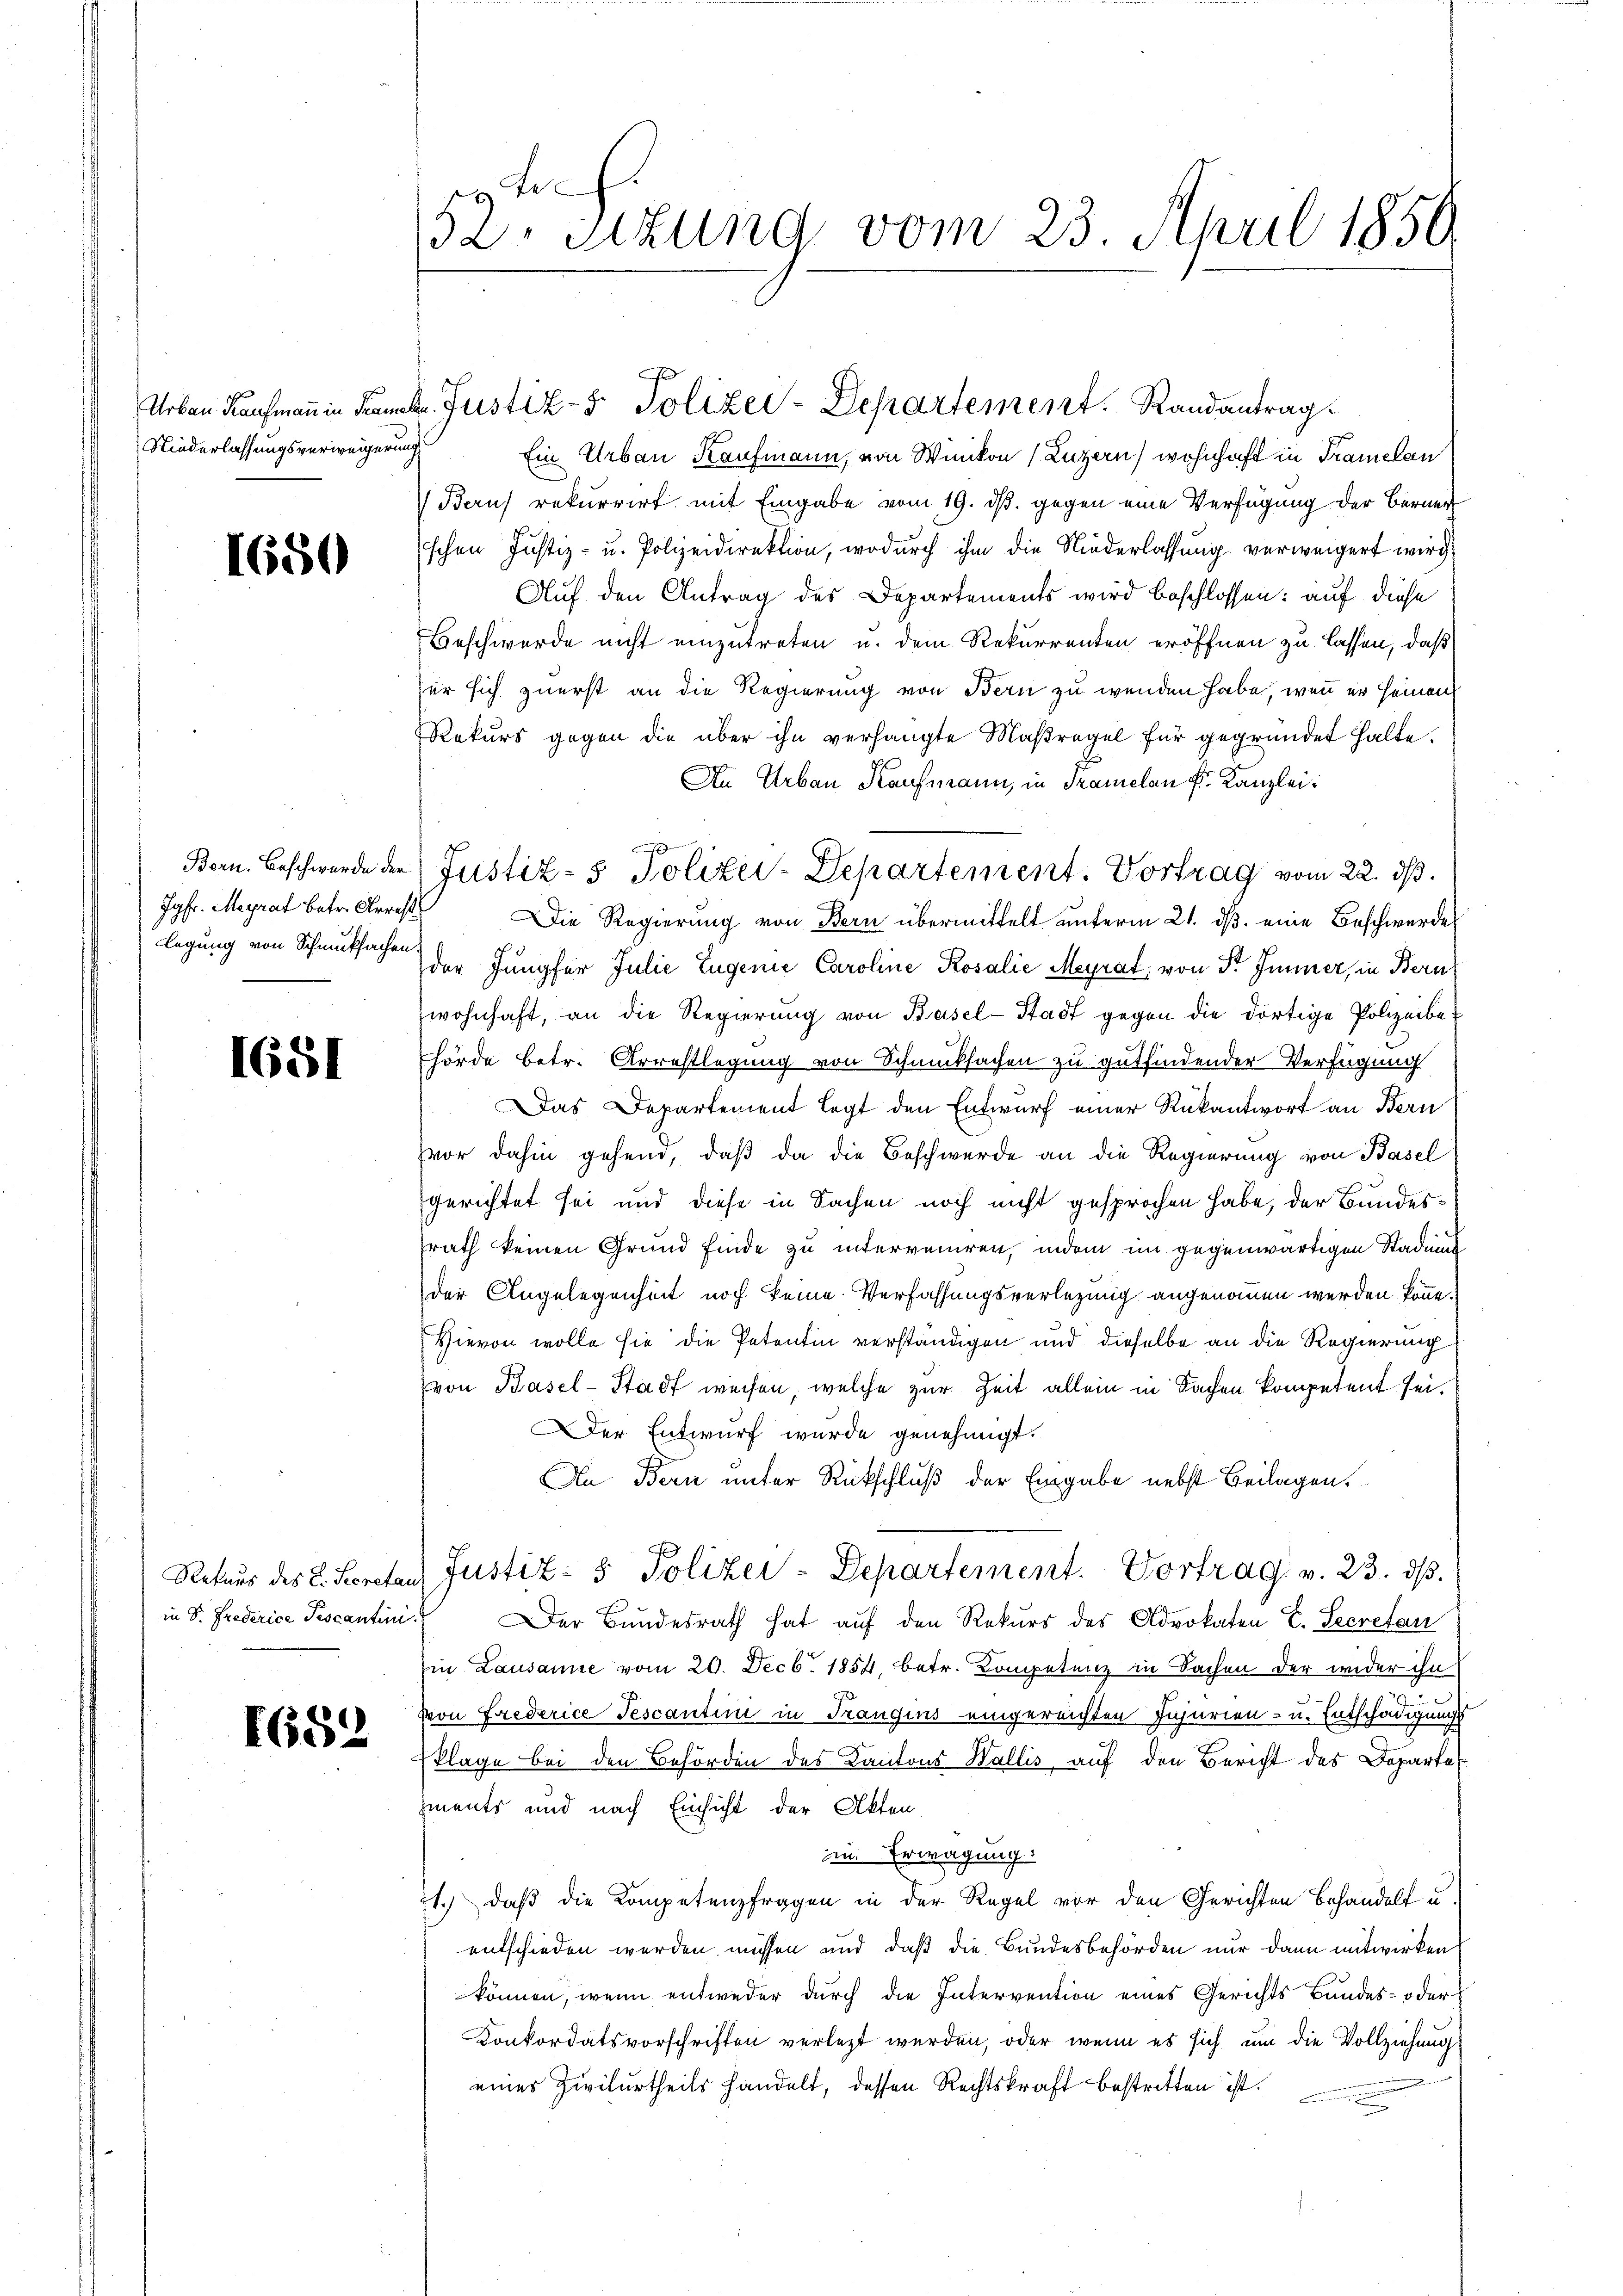
Niederlassungsverweigerung

1650

Jgfr. Meyrat betr. Arrest

1651

in S. Frederice Pescantini

652

Ein Urbau Kaufmann, von Winikon (Luzern, wohnhaft in Tramelan
Beus rekurrirt mit Eingabe vom 19. ds. gegen eine Verfügung der Berner
schen Justiz- u. Polizeidirektion, wodurch ihm die Niederlassung verweigert wird,
Auf den Antrag des Departements wird beschlossen: auf diese
Beschwerde nicht einzutreten u. dem Rekurrenten eröffnen zu lassen, daß
er sich zuerst an die Regierung von Bern zu wenden habe, wenn er heimen
Rekurs gegen die über ihn verhängte Maßregel für gegründet halte.
An Urbau Kaufmann, in Tramelon fr. Kanzlei:
J
Die Regierung von Bern übermittelt unterm 21. ds. eine Beschwerde
legung von Schmutsache der Jungfer Julić Eugenie Caroline Rosalie Meyrat, von Sr Immer, in Bern
wohnhaft, an die Regierung von Basel-Stadt gegen die dortige Polizeibehörde betr. Arrestlegung von Schmucksachen zu gutfindender Verfügung
Das Departement legt den Entwurf einer Rükantwort an Bern
vor dahin gehend, daß da die Beschwerde an die Regierung von Basel
gerichtet sei und diese in Sachen noch nicht gesprochen habe, der Bundessrath keinen Grund finde zu interveniren, indem im gegenwärtigen Stadung
der Angelegenheit noch keine Verfassungsverlegung angenommen werden könne.
Hievon wolle sie die Petentin verständigen und dieselbe an die Regierung
von Basel-Stadt weisen, welche zur Zeit allein in Sachen kompetent sei.
Der Entwurf wurde genehmigt.
An Bern unter Rückschluß der Eingabe nebst Beilagen.
Rekurs des L. Secretar Justiz- & Polizei-Separtement. Vortrag v. 23. dβ.
Der Bundesrath hat auf den Rekurs des Advokaten E. Secretan
Ein Lausanne vom 20. Decb. 1854, betr. Kompetenz in Sachen der wider ihn
Von Friederice Tescantini in Trangins eingereichten Jujurien- u. Entschädigungs
klage bei den Behörden des Kantons Wallis auf den Bericht des Departe
ments und nach Einsicht der Akten
in. Erwägung:
71.) daß die Kompetenzfragen in der Regel vor den Gerichten Behandelt u.
entschieden werden müssen und daß die Bundesbehörden nur dann mitwirken
können, wenn entweder durch die Intervention eines Gerichts Bundes- oder
Konkordatsvorschriften verletzt werden, oder wenn es sich um die Vollziehung
e
eines Zivilurtheils handelt, dessen Rechtskraft bestritten ist.

x
32. sitzung vom 23. April 1850.

Urban Kaufmann in Frank. Justiz- & Polizei-Departement. Randantrag

Bern. Beschwerde der Justiz- & Polizei-Departement. Vortrag vom 22. ds.